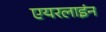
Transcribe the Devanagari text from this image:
एयरलाइंन